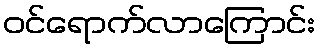
ဝင်ရောက်လာကြောင်း